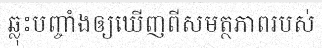
ឆ្លុះបញ្ចាំងឲ្យឃើញពីសមត្ថភាពរបស់